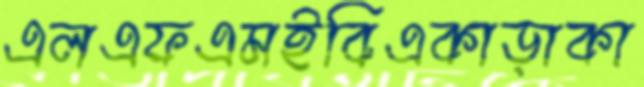
এলএফএমইবিএকাড়াকা